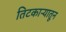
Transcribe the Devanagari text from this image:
तिटकाऱ्यातून